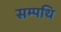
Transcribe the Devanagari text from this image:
सम्पथि